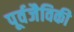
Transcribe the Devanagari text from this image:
पूर्वजैविकी